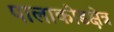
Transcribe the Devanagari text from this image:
पालाकोडक्षेत्र